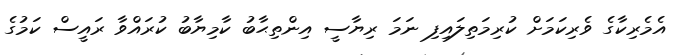
އެމެރިކާގެ ވެރިކަމަށް ކުރިމަތިލައިފި ނަމަ ރިޔާސީ އިންތިޙާބު ކާމިޔާބު ކުރައްވާ ރައީސް ކަމުގެ